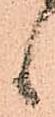
候